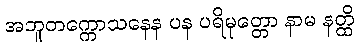
အဘူတက္ကောသနေန ပန ပရိမုတ္တော နာမ နတ္ထိ